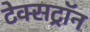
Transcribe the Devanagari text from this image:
टेक्सट्रॉन